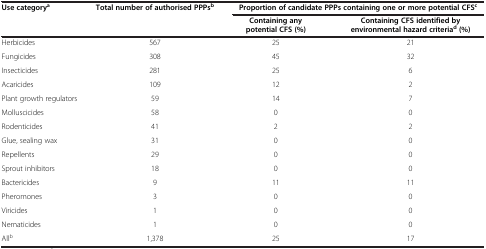
<table><thead><tr><td rowspan="2"><b>Use category<sup>a</sup></b></td><td rowspan="2"><b>Total number of authorised PPPs<sup>b</sup></b></td><td colspan="2"><b>Proportion of candidate PPPs containing one or more potential CFS<sup>c</sup></b></td></tr><tr><td><b>Containing any potential CFS (%)</b></td><td><b>Containing CFS identified by environmental hazard criteria<sup>d</sup>(%)</b></td></tr></thead><tbody><tr><td>Herbicides</td><td>567</td><td>25</td><td>21</td></tr><tr><td>Fungicides</td><td>308</td><td>45</td><td>32</td></tr><tr><td>Insecticides</td><td>281</td><td>25</td><td>6</td></tr><tr><td>Acaricides</td><td>109</td><td>12</td><td>2</td></tr><tr><td>Plant growth regulators</td><td>59</td><td>14</td><td>7</td></tr><tr><td>Molluscicides</td><td>58</td><td>0</td><td>0</td></tr><tr><td>Rodenticides</td><td>41</td><td>2</td><td>2</td></tr><tr><td>Glue, sealing wax</td><td>31</td><td>0</td><td>0</td></tr><tr><td>Repellents</td><td>29</td><td>0</td><td>0</td></tr><tr><td>Sprout inhibitors</td><td>18</td><td>0</td><td>0</td></tr><tr><td>Bactericides</td><td>9</td><td>11</td><td>11</td></tr><tr><td>Pheromones</td><td>3</td><td>0</td><td>0</td></tr><tr><td>Viricides</td><td>1</td><td>0</td><td>0</td></tr><tr><td>Nematicides</td><td>1</td><td>0</td><td>0</td></tr><tr><td>All<sup>b</sup></td><td>1,378</td><td>25</td><td>17</td></tr></tbody></table>